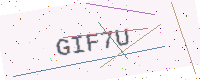
Text: GIF7U